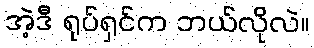
အဲ့ဒီ ရုပ်ရှင်က ဘယ်လိုလဲ။